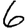
Digit: 6